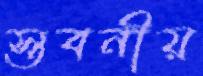
স্তবনীয়